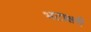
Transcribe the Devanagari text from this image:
भटाक्षरी